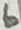
Text: 6